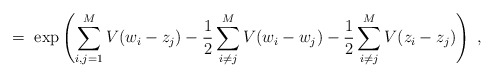
\begin{align*}= \; \exp \left( \sum_{i,j=1}^M V(w_i - z_j)- \frac{1}{2}\sum_{i \neq j}^M V(w_i - w_j)- \frac{1}{2}\sum_{i \neq j}^M V(z_i - z_j) \right) \; ,\end{align*}